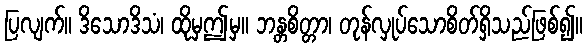
ပြလျက်။ ဒိသောဒိသံ၊ ထိုမှဤမှ။ ဘန္တစိတ္တာ၊ တုန်လှုပ်သောစိတ်ရှိသည်ဖြစ်၍။